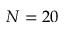
N = 2 0